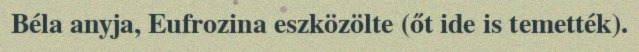
Béla anyja, Eufrozina eszközölte (őt ide is temették).